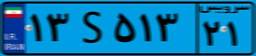
۱۳S۵۱۳۲۱